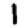
Digit: 1